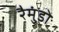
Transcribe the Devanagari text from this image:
रैमुंडो